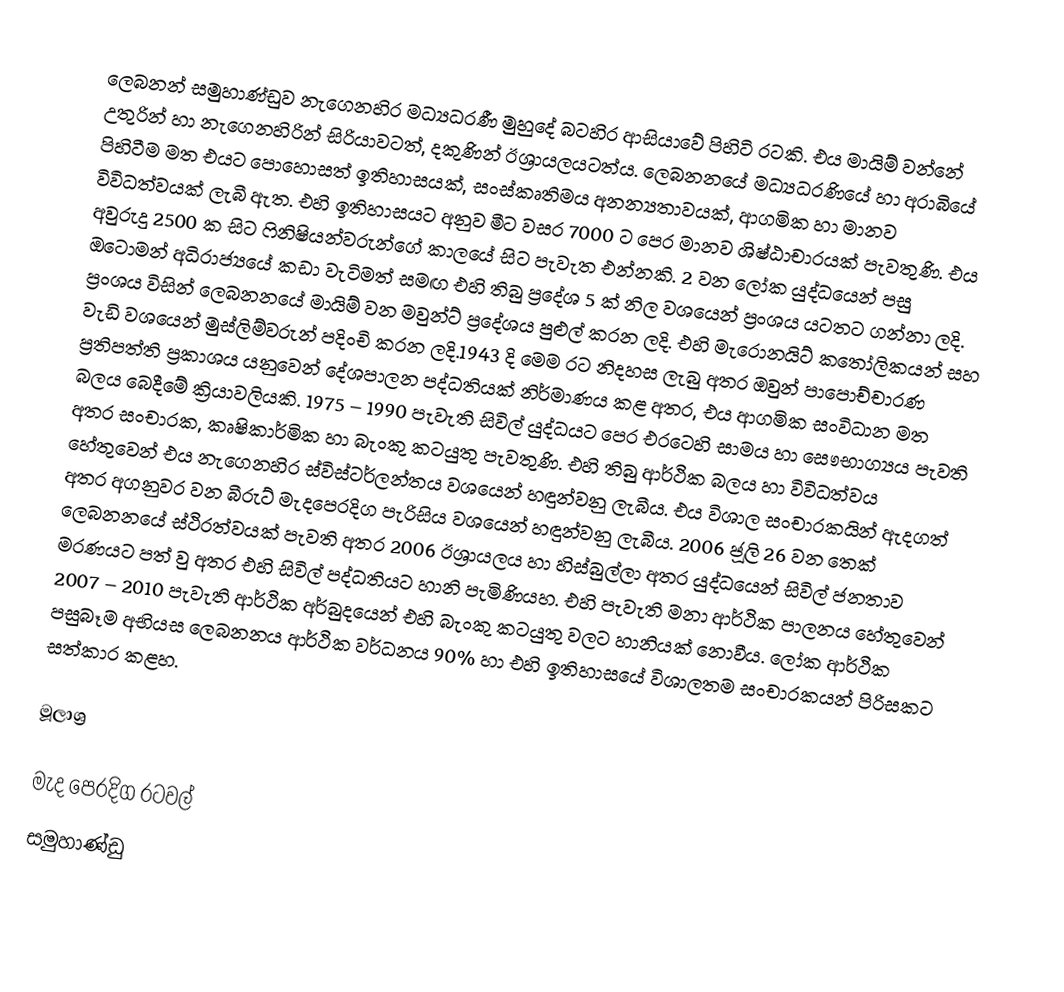
ලෙබනන් සමුහාණ්ඩුව නැගෙනහිර මධ්‍යධරණී මුහුදේ බටහිර ආසියාවේ පිහිටි රටකි. එය මායිම් වන්නේ උතුරින් හා නැගෙනහිරින් සිරියාවටත්, දකුණින් ඊශ්‍රායලයටත්ය. ලෙබනනයේ මධ්‍යධරණියේ හා අරාබියේ පිහිටීම මත එයට පොහොසත් ඉතිහාසයක්, සංස්කෘතිමය අනන්‍යතාවයක්, ආගමික හා මානව විවිධත්වයක් ලැබී ඇත. එහි ඉතිහාසයට අනුව මීට වසර 7000 ට පෙර මානව ශිෂ්ඨාචාරයක් පැවතුණි. එය අවුරුදු 2500 ක සිට ෆිනිෂියන්වරුන්ගේ කාලයේ සිට පැවැත එන්නකි. 2 වන ලෝක යුද්ධයෙන් පසු ඔටොමන් අධිරාජ්‍යයේ කඩා වැටිමත් සමඟ එහි තිබු ප්‍රදේශ 5 ක් නිල වශයෙන් ප්‍රංශය යටතට ගන්නා ලදි. ප්‍රංශය විසින්  ලෙබනනයේ මායිම් වන මවුන්ට් ප්‍රදේශය පුළුල් කරන ලදි. එහි මැරොනයිට් කතෝලිකයන් සහ වැඩි වශයෙන් මුස්ලිම්වරුන් පදිංචි කරන ලදි.1943 දි මෙම රට නිදහස ලැබු අතර ඔවුන් පාපොච්චාරණ ප්‍රතිපත්ති ප්‍රකාශය යනුවෙන් දේශපාලන පද්ධතියක් නිර්මාණය කළ අතර, එය ආගමික සංවිධාන මත බලය බෙදීමේ ක්‍රියාවලියකි. 1975 – 1990 පැවැති සිවිල් යුද්ධයට පෙර එරටෙහි සාමය හා සෞභාග්‍යය පැවති අතර සංචාරක, කෘෂිකාර්මික හා බැංකු කටයුතු පැවතුණි. එහි තිබු ආර්ථික බලය හා විවිධත්වය හේතුවෙන් එය නැගෙනහිර ස්විස්ටර්ලන්තය වශයෙන් හඳුන්වනු ලැබීය. එය විශාල සංචාරකයින් ඇදගත් අතර අගනුවර වන බීරුට් මැදපෙරදිග පැරිසිය වශයෙන් හඳුන්වනු ලැබීය. 2006 ජූලි 26  වන තෙක් ලෙබනනයේ ස්ථිරත්වයක් පැවති අතර 2006 ඊශ්‍රායලය හා හිස්බුල්ලා අතර යුද්ධයෙන් සිවිල් ජනතාව මරණයට පත් වු අතර එහි සිවිල් පද්ධතියට හානි පැමිණියහ. එහි පැවැති මනා ආර්ථික පාලනය හේතුවෙන් 2007 – 2010 පැවැති ආර්ථික අර්බුදයෙන් එහි බැංකු කටයුතු වලට හානියක් නොවීය. ලෝක ආර්ථික පසුබෑම අභියස ලෙබනනය ආර්ථික වර්ධනය 90% හා එහි ඉතිහාසයේ විශාලතම සංචාරකයන් පිරිසකට සත්කාර කළහ.

මූලාශ්‍ර

මැද පෙරදිග රටවල්
සමුහාණ්ඩු